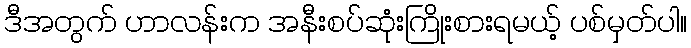
ဒီအတွက် ဟာလန်းက အနီးစပ်ဆုံးကြိုးစားရမယ့် ပစ်မှတ်ပါ။